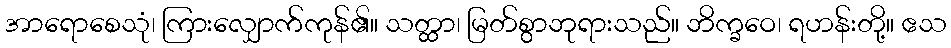
အာရောစေသုံ၊ ကြားလျှောက်ကုန်၏။ သတ္ထာ၊ မြတ်စွာဘုရားသည်။ ဘိက္ခဝေ၊ ရဟန်းတို့။ ဧသ